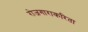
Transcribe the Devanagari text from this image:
रोजगाराकरिता